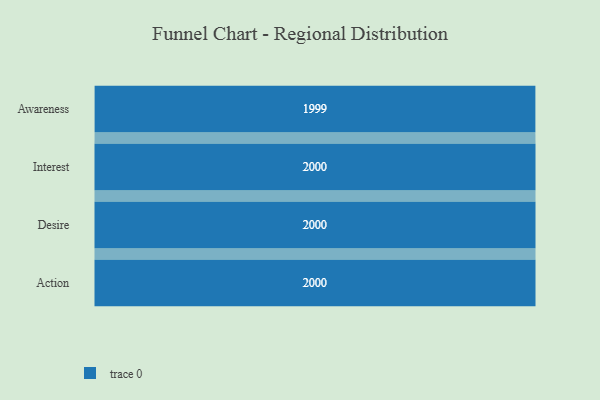
{"axis": {"x": "Stage", "y": "Value"}, "legend": [""], "data": [{"x": "Awareness", "y": 1999.0, "type": ""}, {"x": "Interest", "y": 2000, "type": ""}, {"x": "Desire", "y": 2000, "type": ""}, {"x": "Action", "y": 2000, "type": ""}]}